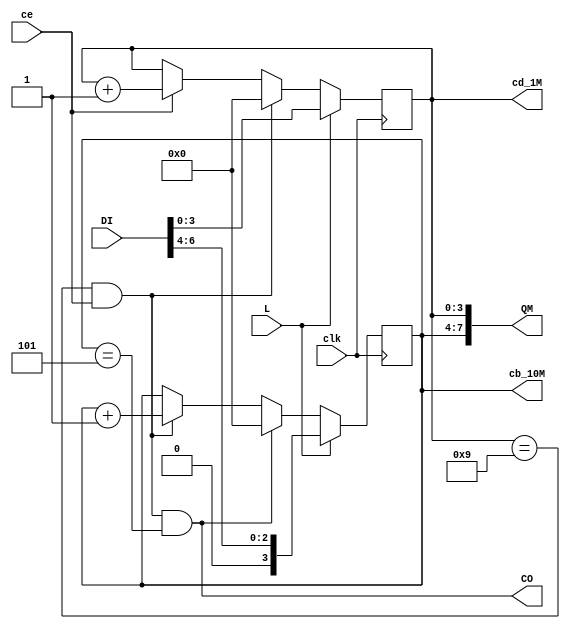
//   
module FDMLE(input clk,      output wire [7:0] QM,      //
             input ce,       output wire CO,            //"" 
             input [6:0] DI, output reg [3:0]cd_1M=0,   //  
             input L,        output reg [3:0]cb_10M=0); //  

  wire CO10M = (cd_1M==9) & ce ; //""  
  
  assign CO = CO10M & (cb_10M==5); //"" 
  assign QM = {cb_10M,cd_1M}; // 
  
  always @ (posedge clk) begin
    cd_1M  <= L? DI[3:0] : CO10M? 0 : ce? cd_1M+1 : cd_1M ;    //  
    cb_10M <= L? DI[6:4] : CO? 0 : CO10M? cb_10M+1 : cb_10M ; //  
  end
endmodule

//   
module FDHLE(input clk,      output [7:0] QH,            //
             input ce,       output CO,                  //"" 
             input [6:0] DI, output reg [3:0] cd_1H=0,   //  
             input L,        output reg [3:0] cb_10H=0); //  

  wire CO10H = (cd_1H==9) & ce ;//"" 

  assign CO = ce & (cb_10H==2) & (cd_1H==3);
  assign QH = {cb_10H,cd_1H};

  always @ (posedge clk) begin
    cd_1H  <= L? DI[3:0] : (CO10H | CO)? 0 : ce? cd_1H+1 : cd_1H ;
    cb_10H <= L? DI[6:4] : CO? 0 : CO10H? cb_10H+1 : cb_10H ;
  end
endmodule

//     
module FDHMLE(input clk,      output wire [15:0] QHM, // 
              input ce,       output wire [7:0]  QH,  //
              input [6:0] DI, output wire [7:0]  QM,  //
              input L,                                // 
              input H_M);                             // 

  wire COmin, COh ;
  wire Lm = L & H_M ; // 
  wire Lh = L & !H_M ; // 

  assign QHM = {QH,QM} ; // 
  assign CO = COmin & COh; // 
  // 
  FDMLE DD1 (.clk(clk), .QM(QM),
             .ce(ce),   .CO(COmin),
             .DI(DI),
             .L(Lm));
  // 
  FDHLE DD2 ( .clk(clk), .QH(QH),
              .ce(COmin), .CO(COh),
              .DI(DI),
              .L(Lh));
endmodule